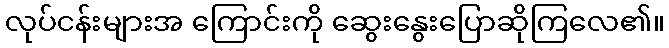
လုပ်ငန်းများအ ကြောင်းကို ဆွေးနွေးပြောဆိုကြလေ၏။